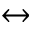
\leftrightarrow